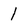
Character: 1